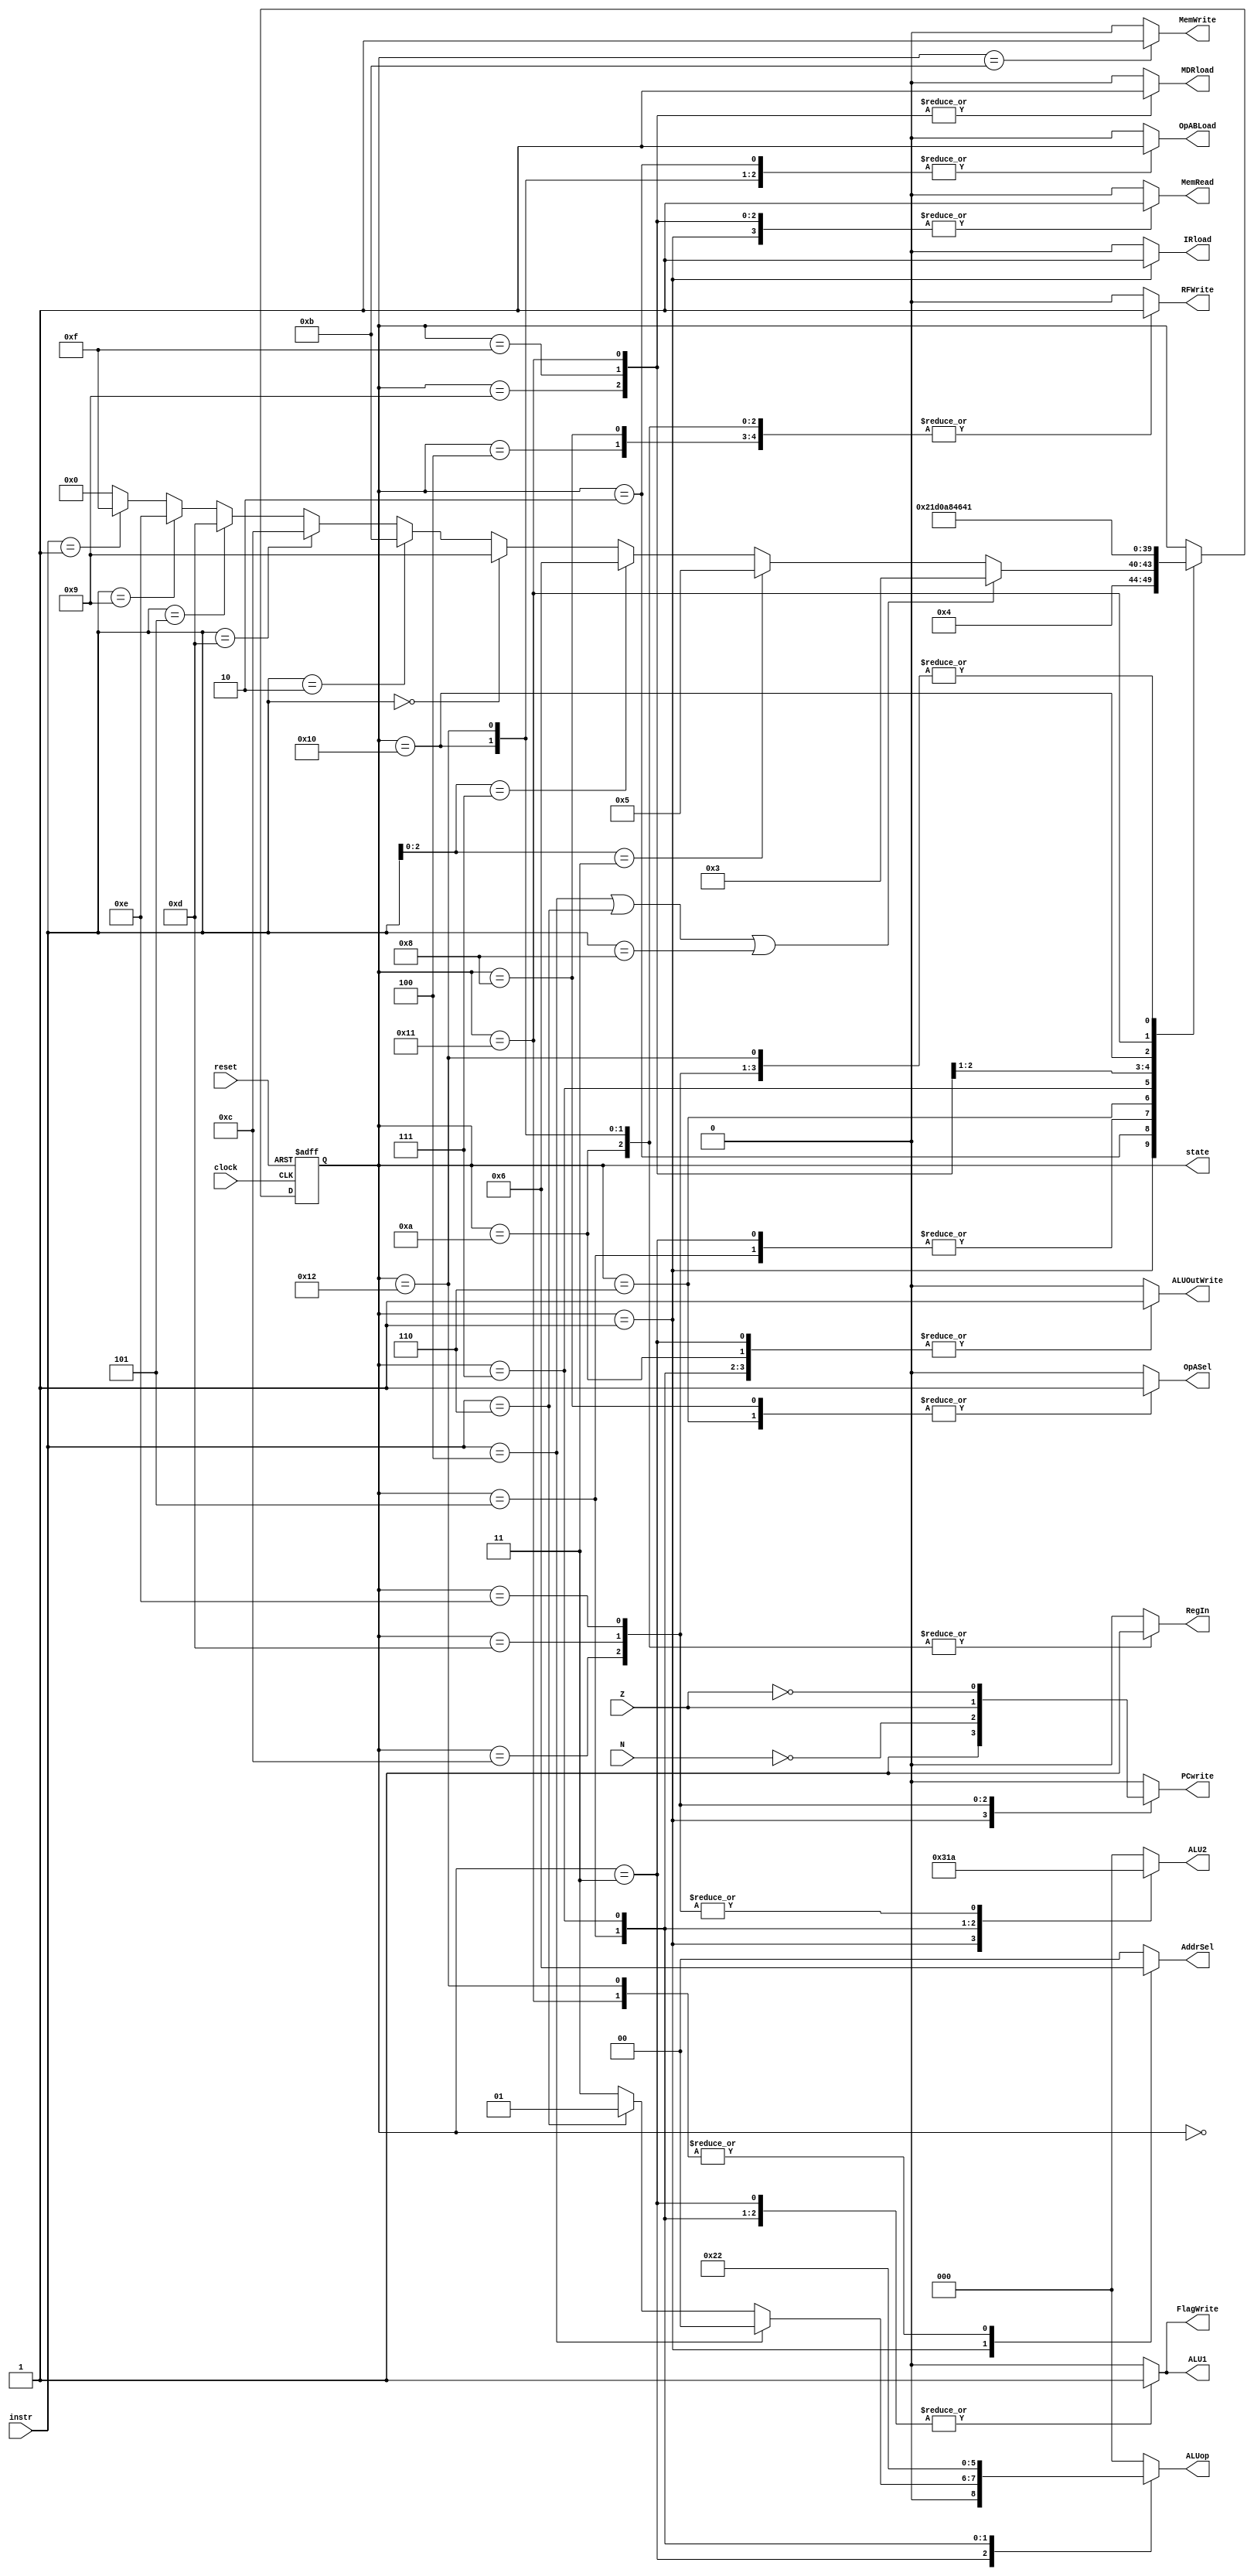
// ---------------------------------------------------------------------
// Copyright (c) 2007 by University of Toronto ECE 243 development team 
// ---------------------------------------------------------------------
// 					    	 	 	  		 	 		  		   	
// Major Functions:	control processor's datapath
// 
// Input(s):	1. instr: input is used to determine states
//				2. N: if branches, input is used to determine if
//					  negative condition is true
//				3. Z: if branches, input is used to determine if 
//					  zero condition is true
//
// Output(s):	control signals
//
//				** More detail can be found on the course note under
//				   "Multi-Cycle Implementation: The Control Unit"
//
// ---------------------------------------------------------------------

module FSM
(
reset, instr, clock,
N, Z,
PCwrite, AddrSel, MemRead,
MemWrite, IRload, OpASel, MDRload,
OpABLoad, ALU1, ALU2, ALUop,
ALUOutWrite, RFWrite, RegIn, FlagWrite, state
);
	input	[3:0] instr;
	input	N, Z;
	input	reset, clock;
	output	PCwrite, MemRead, MemWrite, IRload, OpASel, MDRload;
	output 	[1:0] AddrSel;
	output	OpABLoad, ALU1, ALUOutWrite, RFWrite, RegIn, FlagWrite;
	output	[2:0] ALU2, ALUop;
	output	[4:0] state;
	
	reg [4:0]	state;			// 5-bit state can encode 32 distinct values.
	reg	PCwrite, MemRead, MemWrite, IRload, OpASel, MDRload;
	reg [1:0]	AddrSel;
	reg	OpABLoad, ALU1, ALUOutWrite, RFWrite, RegIn, FlagWrite;
	reg	[2:0] ALU2, ALUop;
	
	// state constants (note: asn = add/sub/nand, asnsh = add/sub/nand/shift)
	parameter [4:0] reset_s = 0, c1 = 1, c2 = 2, c3_asn = 3,
					c4_asnsh = 4, c3_shift = 5, c3_ori = 6,
					c4_ori = 7, c5_ori = 8, c3_load = 9, c4_load = 10,
					c3_store = 11, c3_bpz = 12, c3_bz = 13, c3_bnz = 14,
					c3_ldind = 15, c4_ldind = 16, c5_ldind = 17, c6_ldind = 18;
	
	// determines the next state based on the current state; supports
	// asynchronous reset
	always @(posedge clock or posedge reset)
	begin
		if (reset) state = reset_s;
		else
		begin
			case(state)
				reset_s:	state = c1; 		// reset state
				c1:			state = c2; 		// cycle 1
				c2:			begin				// cycle 2
								if(instr == 4'b0100 | instr == 4'b0110 | instr == 4'b1000) state = c3_asn;
								else if( instr[2:0] == 3'b011 ) state = c3_shift;
								else if( instr[2:0] == 3'b111 ) state = c3_ori;
								else if( instr == 4'b0000 ) state = c3_load;
								else if( instr == 4'b0010 ) state = c3_store;
								else if( instr == 4'b1101 ) state = c3_bpz;
								else if( instr == 4'b0101 ) state = c3_bz;
								else if( instr == 4'b1001 ) state = c3_bnz;
								else if( instr == 4'b0001 ) state = c3_ldind;
								else state = 0;
							end
				c3_asn:		state = c4_asnsh;	// cycle 3: ADD SUB NAND
				c4_asnsh:	state = c1;			// cycle 4: ADD SUB NAND/SHIFT
				c3_shift:	state = c4_asnsh;	// cycle 3: SHIFT
				c3_ori:		state = c4_ori;		// cycle 3: ORI
				c4_ori:		state = c5_ori;		// cycle 4: ORI
				c5_ori:		state = c1;			// cycle 5: ORI
				c3_load:	state = c4_load;	// cycle 3: LOAD
				c4_load:	state = c1; 		// cycle 4: LOAD
				c3_store:	state = c1; 		// cycle 3: STORE
				c3_bpz:		state = c1; 		// cycle 3: BPZ
				c3_bz:		state = c1; 		// cycle 3: BZ
				c3_bnz:		state = c1; 		// cycle 3: BNZ
				c3_ldind:	state = c4_ldind;	// cycle 3: LDIND
				c4_ldind:	state = c5_ldind;	// cycle 4: LDIND
				c5_ldind:	state = c6_ldind;	// cycle 5: LDIND
				c6_ldind:	state = c1;			// cycle 6: LDIND
			endcase
		end
	end

	// sets the control sequences based on the current state and instruction
	always @(*)
	begin
		case (state)
			reset_s:	//control = 19'b0000000000000000000;
				begin
					PCwrite = 0;
					AddrSel = 0;
					MemRead = 0;
					MemWrite = 0;
					IRload = 0;
					OpASel = 0;
					MDRload = 0;
					OpABLoad = 0;
					ALU1 = 0;
					ALU2 = 3'b000;
					ALUop = 3'b000;
					ALUOutWrite = 0;
					RFWrite = 0;
					RegIn = 0;
					FlagWrite = 0;
				end					
			c1: 		//control = 19'b1110100000010000000;
				begin
					PCwrite = 1;
					AddrSel = 1;
					MemRead = 1;
					MemWrite = 0;
					IRload = 1;
					OpASel = 0;
					MDRload = 0;
					OpABLoad = 0;
					ALU1 = 0;
					ALU2 = 3'b001;
					ALUop = 3'b000;
					ALUOutWrite = 0;
					RFWrite = 0;
					RegIn = 0;
					FlagWrite = 0;
				end	
			c2: 		//control = 19'b0000000100000000000;
				begin
					PCwrite = 0;
					AddrSel = 0;
					MemRead = 0;
					MemWrite = 0;
					IRload = 0;
					OpASel = 0;
					MDRload = 0;
					OpABLoad = 1;
					ALU1 = 0;
					ALU2 = 3'b000;
					ALUop = 3'b000;
					ALUOutWrite = 0;
					RFWrite = 0;
					RegIn = 0;
					FlagWrite = 0;
				end
			c3_asn:		begin
							if ( instr == 4'b0100 ) 		// add
								//control = 19'b0000000010000001001;
							begin
								PCwrite = 0;
								AddrSel = 0;
								MemRead = 0;
								MemWrite = 0;
								IRload = 0;
								OpASel = 0;
								MDRload = 0;
								OpABLoad = 0;
								ALU1 = 1;
								ALU2 = 3'b000;
								ALUop = 3'b000;
								ALUOutWrite = 1;
								RFWrite = 0;
								RegIn = 0;
								FlagWrite = 1;
							end	
							else if ( instr == 4'b0110 ) 	// sub
								//control = 19'b0000000010000011001;
							begin
								PCwrite = 0;
								AddrSel = 0;
								MemRead = 0;
								MemWrite = 0;
								IRload = 0;
								OpASel = 0;
								MDRload = 0;
								OpABLoad = 0;
								ALU1 = 1;
								ALU2 = 3'b000;
								ALUop = 3'b001;
								ALUOutWrite = 1;
								RFWrite = 0;
								RegIn = 0;
								FlagWrite = 1;
							end
							else 							// nand
								//control = 19'b0000000010000111001;
							begin
								PCwrite = 0;
								AddrSel = 0;
								MemRead = 0;
								MemWrite = 0;
								IRload = 0;
								OpASel = 0;
								MDRload = 0;
								OpABLoad = 0;
								ALU1 = 1;
								ALU2 = 3'b000;
								ALUop = 3'b011;
								ALUOutWrite = 1;
								RFWrite = 0;
								RegIn = 0;
								FlagWrite = 1;
							end
				   		end
			c4_asnsh: 	//control = 19'b0000000000000000100;
				begin
					PCwrite = 0;
					AddrSel = 0;
					MemRead = 0;
					MemWrite = 0;
					IRload = 0;
					OpASel = 0;
					MDRload = 0;
					OpABLoad = 0;
					ALU1 = 0;
					ALU2 = 3'b000;
					ALUop = 3'b000;
					ALUOutWrite = 0;
					RFWrite = 1;
					RegIn = 0;
					FlagWrite = 0;
				end
			c3_shift: 	//control = 19'b0000000011001001001;
				begin
					PCwrite = 0;
					AddrSel = 0;
					MemRead = 0;
					MemWrite = 0;
					IRload = 0;
					OpASel = 0;
					MDRload = 0;
					OpABLoad = 0;
					ALU1 = 1;
					ALU2 = 3'b100;
					ALUop = 3'b100;
					ALUOutWrite = 1;
					RFWrite = 0;
					RegIn = 0;
					FlagWrite = 1;
				end
			c3_ori: 	//control = 19'b0000010100000000000;
				begin
					PCwrite = 0;
					AddrSel = 0;
					MemRead = 0;
					MemWrite = 0;
					IRload = 0;
					OpASel = 1;
					MDRload = 0;
					OpABLoad = 1;
					ALU1 = 0;
					ALU2 = 3'b000;
					ALUop = 3'b000;
					ALUOutWrite = 0;
					RFWrite = 0;
					RegIn = 0;
					FlagWrite = 0;
				end
			c4_ori: 	//control = 19'b0000000010110101001;
				begin
					PCwrite = 0;
					AddrSel = 0;
					MemRead = 0;
					MemWrite = 0;
					IRload = 0;
					OpASel = 0;
					MDRload = 0;
					OpABLoad = 0;
					ALU1 = 1;
					ALU2 = 3'b011;
					ALUop = 3'b010;
					ALUOutWrite = 1;
					RFWrite = 0;
					RegIn = 0;
					FlagWrite = 1;
				end
			c5_ori: 	//control = 19'b0000010000000000100;
				begin
					PCwrite = 0;
					AddrSel = 0;
					MemRead = 0;
					MemWrite = 0;
					IRload = 0;
					OpASel = 1;
					MDRload = 0;
					OpABLoad = 0;
					ALU1 = 0;
					ALU2 = 3'b000;
					ALUop = 3'b000;
					ALUOutWrite = 0;
					RFWrite = 1;
					RegIn = 0;
					FlagWrite = 0;
				end
			c3_load: 	//control = 19'b0010001000000000000;
				begin
					PCwrite = 0;
					AddrSel = 0;
					MemRead = 1;
					MemWrite = 0;
					IRload = 0;
					OpASel = 0;
					MDRload = 1;
					OpABLoad = 0;
					ALU1 = 0;
					ALU2 = 3'b000;
					ALUop = 3'b000;
					ALUOutWrite = 0;
					RFWrite = 0;
					RegIn = 0;
					FlagWrite = 0;
				end
			c4_load: 	//control = 19'b0000000000000001110;
				begin
					PCwrite = 0;
					AddrSel = 0;
					MemRead = 0;
					MemWrite = 0;
					IRload = 0;
					OpASel = 0;
					MDRload = 0;
					OpABLoad = 0;
					ALU1 = 0;
					ALU2 = 3'b000;
					ALUop = 3'b000;
					ALUOutWrite = 1;
					RFWrite = 1;
					RegIn = 1;
					FlagWrite = 0;
				end
			c3_store: 	//control = 19'b0001000000000000000;
				begin
					PCwrite = 0;
					AddrSel = 0;
					MemRead = 0;
					MemWrite = 1;
					IRload = 0;
					OpASel = 0;
					MDRload = 0;
					OpABLoad = 0;
					ALU1 = 0;
					ALU2 = 3'b000;
					ALUop = 3'b000;
					ALUOutWrite = 0;
					RFWrite = 0;
					RegIn = 0;
					FlagWrite = 0;
				end
			c3_bpz: 	//control = {~N,18'b000000000100000000};
				begin
					PCwrite = ~N;
					AddrSel = 0;
					MemRead = 0;
					MemWrite = 0;
					IRload = 0;
					OpASel = 0;
					MDRload = 0;
					OpABLoad = 0;
					ALU1 = 0;
					ALU2 = 3'b010;
					ALUop = 3'b000;
					ALUOutWrite = 0;
					RFWrite = 0;
					RegIn = 0;
					FlagWrite = 0;
				end
			c3_bz: 		//control = {Z,18'b000000000100000000};
				begin
					PCwrite = Z;
					AddrSel = 0;
					MemRead = 0;
					MemWrite = 0;
					IRload = 0;
					OpASel = 0;
					MDRload = 0;
					OpABLoad = 0;
					ALU1 = 0;
					ALU2 = 3'b010;
					ALUop = 3'b000;
					ALUOutWrite = 0;
					RFWrite = 0;
					RegIn = 0;
					FlagWrite = 0;
				end
			c3_bnz: 	//control = {~Z,18'b000000000100000000};
				begin
					PCwrite = ~Z;
					AddrSel = 0;
					MemRead = 0;
					MemWrite = 0;
					IRload = 0;
					OpASel = 0;
					MDRload = 0;
					OpABLoad = 0;
					ALU1 = 0;
					ALU2 = 3'b010;
					ALUop = 3'b000;
					ALUOutWrite = 0;
					RFWrite = 0;
					RegIn = 0;
					FlagWrite = 0;
				end
	//R1 and R2 hold OpA and OpB
	//MEM[R2], MDRload
	//RFWrite into OpA
	//Mem[OpA], MDRload
	//RFWrite into OpA
			c3_ldind: 	//control = {20'b00010001100100000110};
				begin
					PCwrite = 0; // 0
					AddrSel = 2'b00; // OpB
					MemRead = 1; // read from memory
					MemWrite = 0; // 0
					IRload = 0; // 0
					OpASel = 0; // OpA
					MDRload = 1; // MDR
					OpABLoad = 0; // x Register write enable
					ALU1 = 0; // x
					ALU2 = 3'b000; // xxx
					ALUop = 3'b000; // xxx
					ALUOutWrite = 0; // x
					RFWrite = 0; // x write
					RegIn = 0; // x
					FlagWrite = 0; // 0
				end
			c4_ldind: 	//control = 20'b01010001100100000110;
				begin
					PCwrite = 0; // 0
					AddrSel = 2'b00; // xx
					MemRead = 0; // don't read from memory
					MemWrite = 0; // 0
					IRload = 0; // 0
					OpASel = 0; // OpA
					MDRload = 0; // 0, loaded last cycle
					OpABLoad = 1; // Register write enable
					ALU1 = 0; // x
					ALU2 = 3'b000; // xxx
					ALUop = 3'b000; // xxx
					ALUOutWrite = 0; // x
					RFWrite = 1;
					RegIn = 1; // MDR
					FlagWrite = 0; // 0
				end
			c5_ldind: 	//control = 20'b01010001100100000110;
				begin
					PCwrite = 0; // 0
					AddrSel = 2'b10; // OpA
					MemRead = 1; // read from memory
					MemWrite = 0; // 0
					IRload = 0; // 0
					OpASel = 0; // OpA
					MDRload = 1; // MDR
					OpABLoad = 0; // Register write enable
					ALU1 = 0; // x
					ALU2 = 3'b000; // xxx
					ALUop = 3'b000; // xxx
					ALUOutWrite = 0; // x
					RFWrite = 0;
					RegIn = 0; // x
					FlagWrite = 0; // 0
				end
			c6_ldind: 	//control = 20'b01010001100100000110;
				begin
					PCwrite = 0; // 0
					AddrSel = 2'b10; // OpA
					MemRead = 0; // read from memory
					MemWrite = 0; // 0
					IRload = 0; // 0
					OpASel = 0; // OpA
					MDRload = 0; // MDR
					OpABLoad = 1; // Register write enable
					ALU1 = 0; // x
					ALU2 = 3'b000; // xxx
					ALUop = 3'b000; // xxx
					ALUOutWrite = 0; // x
					RFWrite = 1;
					RegIn = 1; // MDR
					FlagWrite = 0; // 0
				end
			default:	//control = 20'b00000000000000000000;
				begin
					PCwrite = 0;
					AddrSel = 0;
					MemRead = 0;
					MemWrite = 0;
					IRload = 0;
					OpASel = 0;
					MDRload = 0;
					OpABLoad = 0;
					ALU1 = 0;
					ALU2 = 3'b000;
					ALUop = 3'b000;
					ALUOutWrite = 0;
					RFWrite = 0;
					RegIn = 0;
					FlagWrite = 0;
				end
		endcase
	end
	
endmodule